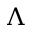
\Lambda